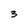
Character: 3